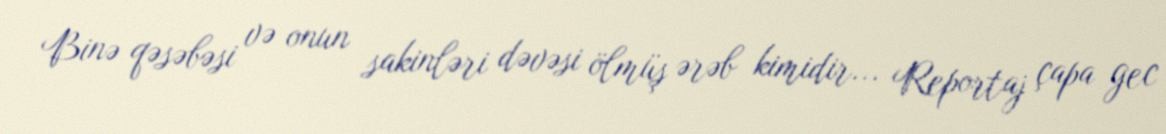
Binə qəsəbəsi və onun sakinləri dəvəsi ölmüş ərəb kimidir... Reportaj çapa gec